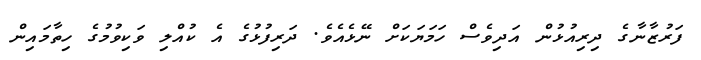
ފަރުޒާނާގެ ދިރިއުޅުން އަދިވެސް ހަމަޔަކަށް ނޭޅެއެވެ. ދަރިފުޅުގެ އެ ކުއްލި ވަކިވުމުގެ ހިތާމައިން